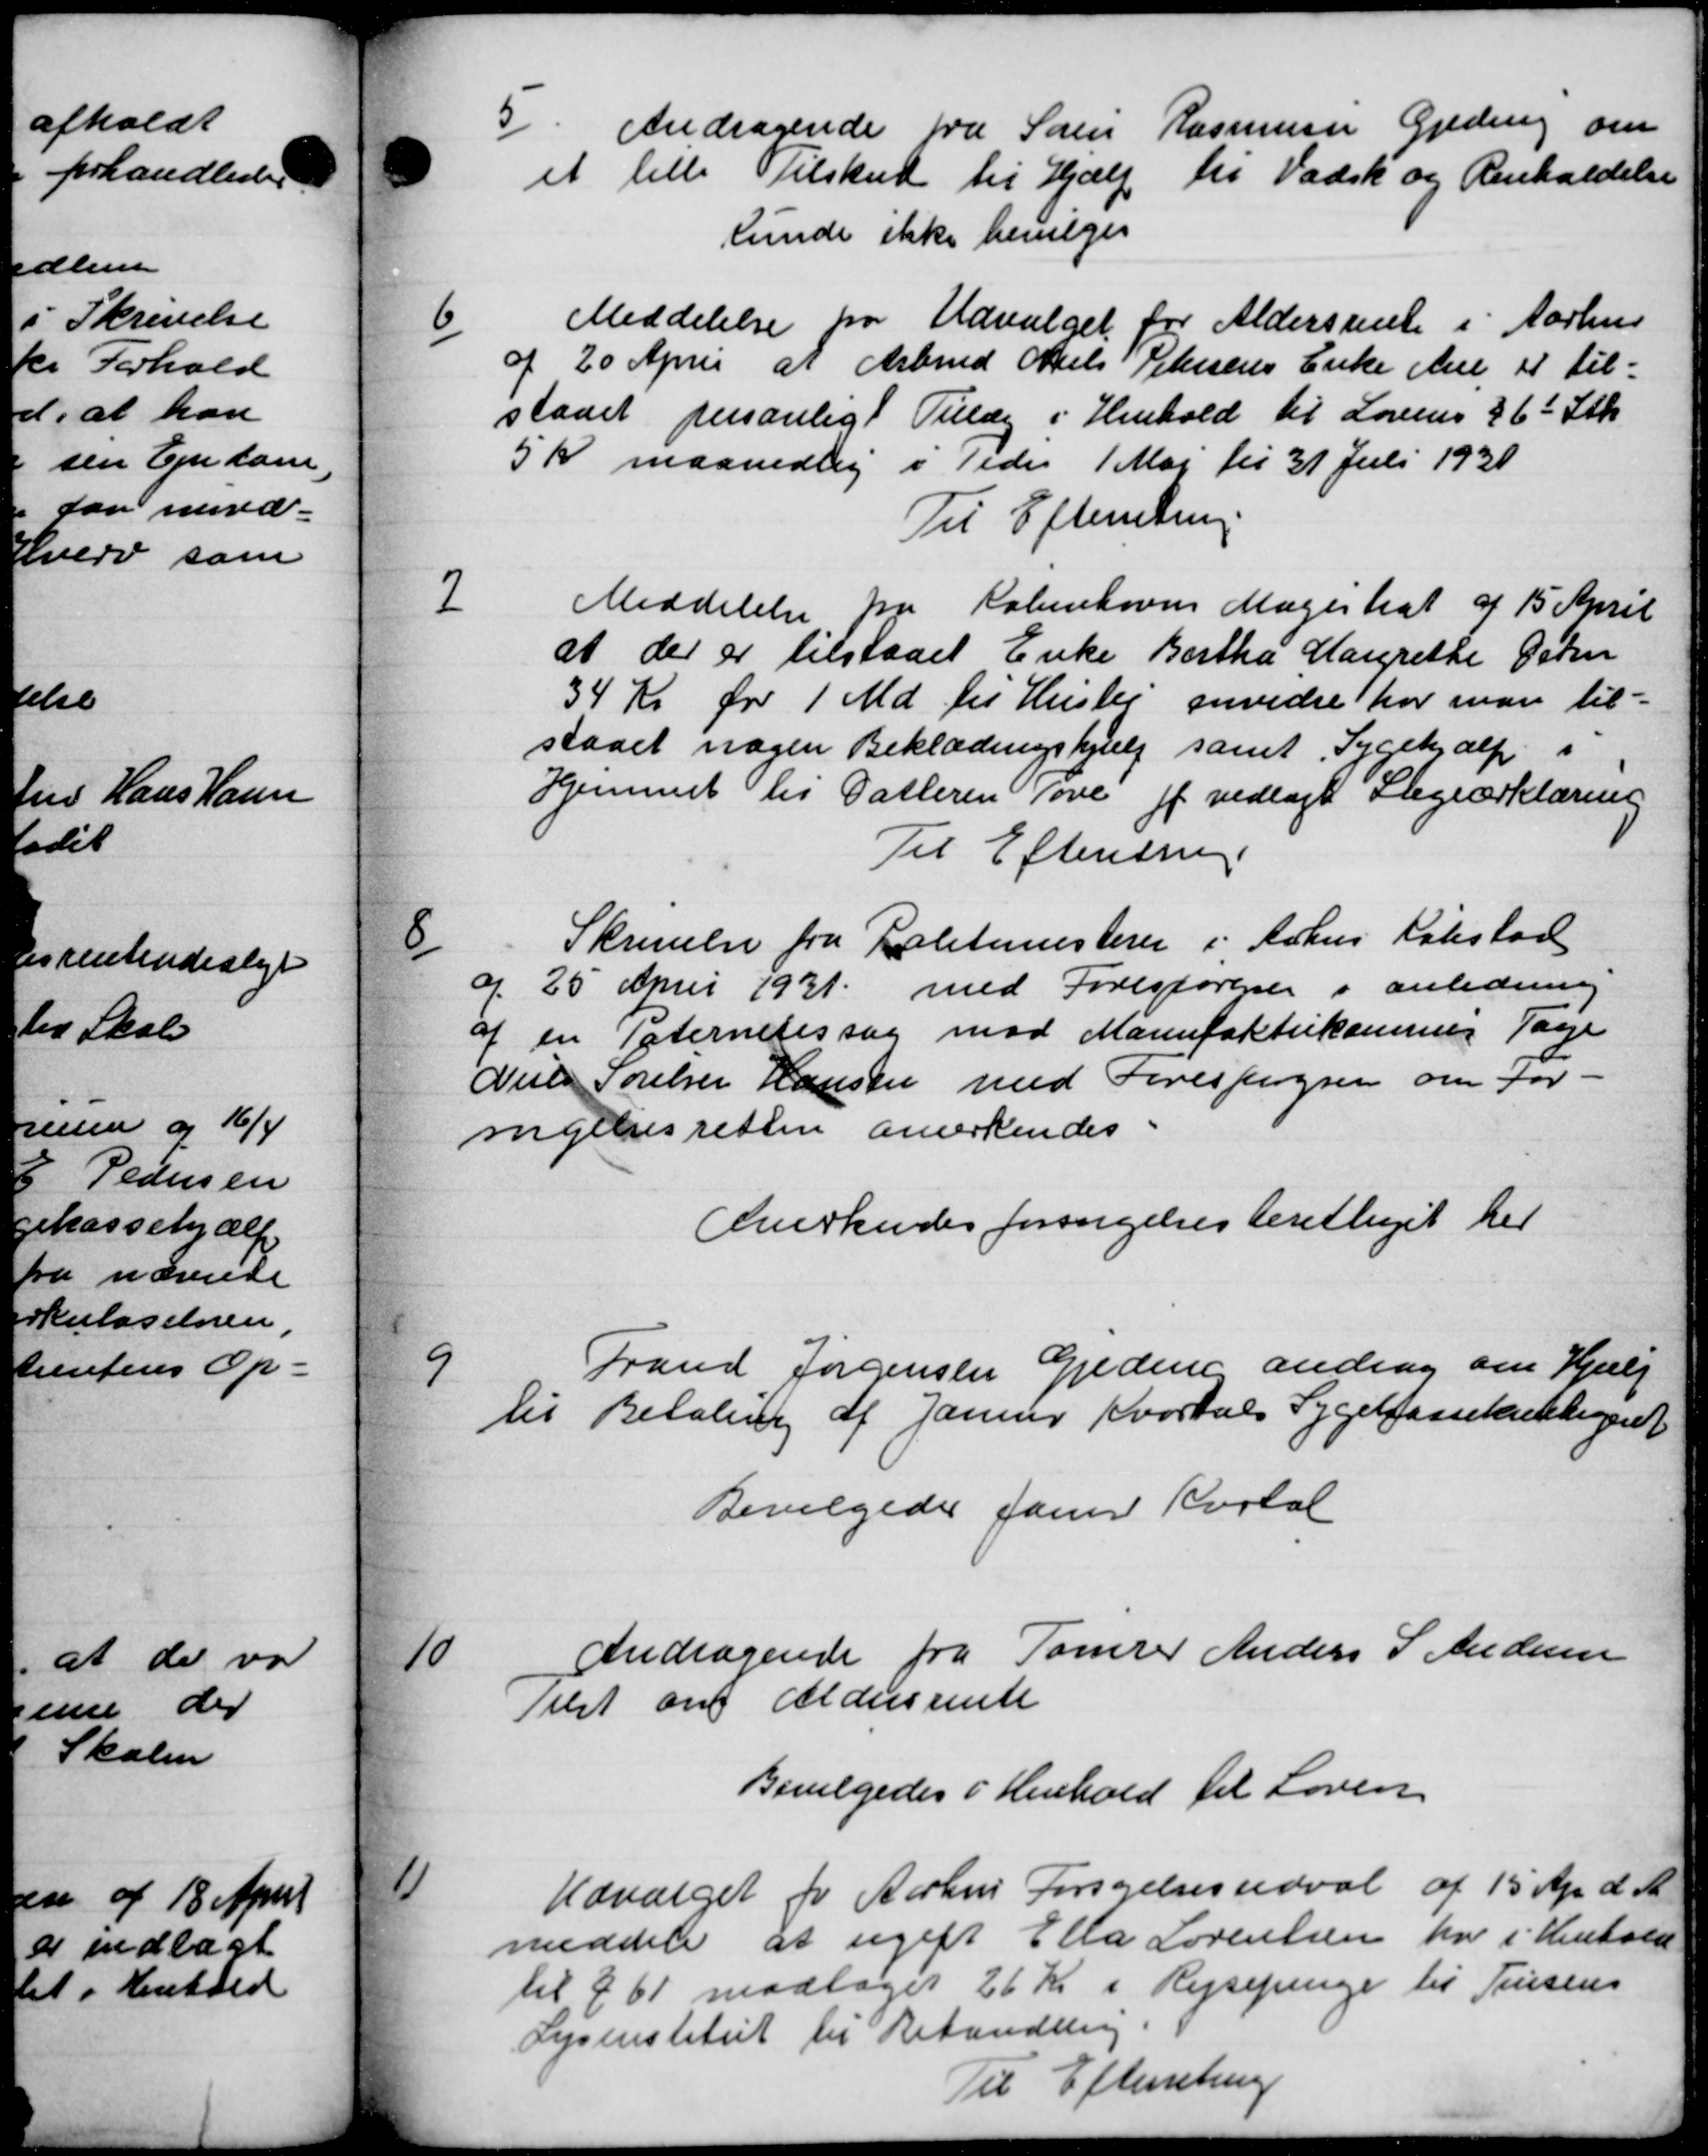
Transskription:
5
Andragende fra Søe Rasmussen Gjeding om
et lille Tilskud til Hjælp til Vadsk og Renholdelse
kunde ikke bevilges
6
Meddelelse fra Udvalget for Aldersrente i Aarhus
af 20 April at Arbmd Niels Petersens Enke Ane 11 til=
staaet personligt Tillæg i Henhold til Lovens 36 Stk
5 Kr maanedlig i Tiden 1 Maj til 31 Juli 1930
Til Efterretning
7
Meddelelse fra Københavns Mageskat af 15 April
at der er tilstaaet Enke Bertha Margrethe Osten
34 Kr for 1 Md til Huslej anvidre har man til-
staaet nogen Beklædningshjælp samt Sygehjælp i
Hjemmet til Datteren Tove af vedlagt Stegeerklæring
Til Efterretning.
8
Skrivelse fra Politimesteren i Århus Købstad
af 25 April 1931 med Forespørgsel i anledning
af en Paternetssag mod Manufaktiskammer Tage
Niels Førelser Hansen med Forespørgsen om for-
ingensretten anerkendes.
Anerkendes forsørgelsesberettiget her
9
Frand Jørgensen Gjeding andrag om Hjælp
til Betaling af Januar Kvartals Sygekassekretligeret
Bevilgedes Jauer Kartal
10
Andragende fra Tømrer Anders S Andersen
Tilst om Aldersrente
Bevilgedes i Henhold til Loven
11
Udvalget for Aarhus Forsyelsesudvalg af 15 Apr. d. A.
meddeler at ugift Ella Lorensen har i Henhold
til § 61 modtaget 26 Kr i Rejsepenge til Jensens
Lysinstitut til Behandling.
Til Efterretning